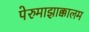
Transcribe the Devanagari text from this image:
पेरुमाझाक्कालम